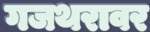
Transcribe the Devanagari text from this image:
गजथरावर